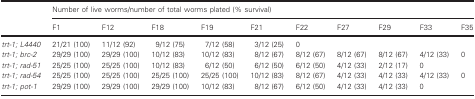
| <ROWSPAN=2>  | <COLSPAN=10> Number of live worms/number of total worms plated (% survival) |
 | F1 | F12 | F18 | F19 | F21 | F22 | F27 | F29 | F33 | F35 |
 | --- | --- | --- | --- | --- | --- | --- | --- | --- | --- | --- |
 | trt‐1; L4440 | 21/21 (100) | 11/12 (92) | 9/12 (75) | 7/12 (58) | 3/12 (25) | 0 |  |  |  |  |
 | trt‐1; brc‐2 | 29/29 (100) | 29/29 (100) | 10/12 (83) | 10/12 (83) | 8/12 (67) | 8/12 (67) | 8/12 (67) | 8/12 (67) | 4/12 (33) | 0 |
 | trt‐1; rad‐51 | 25/25 (100) | 25/25 (100) | 10/12 (83) | 6/12 (50) | 6/12 (50) | 6/12 (50) | 4/12 (33) | 2/12 (17) | 0 |  |
 | trt‐1; rad‐54 | 25/25 (100) | 25/25 (100) | 25/25 (100) | 25/25 (100) | 10/12 (83) | 8/12 (67) | 4/12 (33) | 4/12 (33) | 4/12 (33) | 0 |
 | trt‐1; pot‐1 | 29/29 (100) | 29/29 (100) | 29/29 (100) | 10/12 (83) | 8/12 (67) | 6/12 (50) | 4/12 (33) | 4/12 (33) | 0 |  |